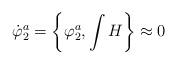
LaTeX: \begin{align*}\dot{\varphi}^{a}_{2} = \left\{\varphi^{a}_{2}, \int H\right\} \approx0\end{align*}